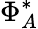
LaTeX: \Phi_{A}^{*}